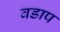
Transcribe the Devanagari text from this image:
वडाप